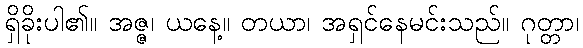
ရှိခိုးပါ၏။ အဇ္ဇ၊ ယနေ့။ တယာ၊ အရှင်နေမင်းသည်။ ဂုတ္တာ၊